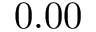
0 . 0 0